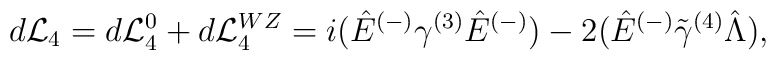
d{\cal L}_4 = d{\cal L}^0_4 + d {\cal L}^{WZ}_4 =  i(\hat{E}^{(-)} \gamma^{(3)} \hat{E}^{(-)}) -2(\hat{E}^{(-)} \tilde\gamma^{(4)} \hat{\Lambda}),